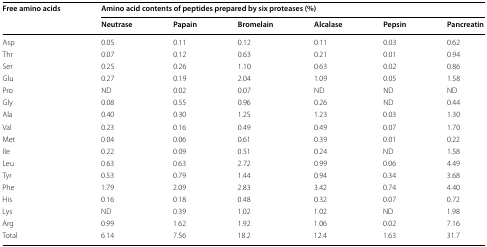
<table><thead><tr><td rowspan="2"><b>Free amino acids</b></td><td colspan="6"><b>Amino acid contents of peptides prepared by six proteases (%)</b></td></tr><tr><td><b>Neutrase</b></td><td><b>Papain</b></td><td><b>Bromelain</b></td><td><b>Alcalase</b></td><td><b>Pepsin</b></td><td><b>Pancreatin</b></td></tr></thead><tbody><tr><td>Asp</td><td>0.05</td><td>0.11</td><td>0.12</td><td>0.11</td><td>0.03</td><td>0.62</td></tr><tr><td>Thr</td><td>0.07</td><td>0.12</td><td>0.63</td><td>0.21</td><td>0.01</td><td>0.94</td></tr><tr><td>Ser</td><td>0.25</td><td>0.26</td><td>1.10</td><td>0.63</td><td>0.02</td><td>0.86</td></tr><tr><td>Glu</td><td>0.27</td><td>0.19</td><td>2.04</td><td>1.09</td><td>0.05</td><td>1.58</td></tr><tr><td>Pro</td><td>ND</td><td>0.02</td><td>0.07</td><td>ND</td><td>ND</td><td>ND</td></tr><tr><td>Gly</td><td>0.08</td><td>0.55</td><td>0.96</td><td>0.26</td><td>ND</td><td>0.44</td></tr><tr><td>Ala</td><td>0.40</td><td>0.30</td><td>1.25</td><td>1.23</td><td>0.03</td><td>1.30</td></tr><tr><td>Val</td><td>0.23</td><td>0.16</td><td>0.49</td><td>0.49</td><td>0.07</td><td>1.70</td></tr><tr><td>Met</td><td>0.04</td><td>0.06</td><td>0.61</td><td>0.39</td><td>0.01</td><td>0.22</td></tr><tr><td>Ile</td><td>0.22</td><td>0.09</td><td>0.51</td><td>0.24</td><td>ND</td><td>1.58</td></tr><tr><td>Leu</td><td>0.63</td><td>0.63</td><td>2.72</td><td>0.99</td><td>0.06</td><td>4.49</td></tr><tr><td>Tyr</td><td>0.53</td><td>0.79</td><td>1.44</td><td>0.94</td><td>0.34</td><td>3.68</td></tr><tr><td>Phe</td><td>1.79</td><td>2.09</td><td>2.83</td><td>3.42</td><td>0.74</td><td>4.40</td></tr><tr><td>His</td><td>0.16</td><td>0.18</td><td>0.48</td><td>0.32</td><td>0.07</td><td>0.72</td></tr><tr><td>Lys</td><td>ND</td><td>0.39</td><td>1.02</td><td>1.02</td><td>ND</td><td>1.98</td></tr><tr><td>Arg</td><td>0.99</td><td>1.62</td><td>1.92</td><td>1.06</td><td>0.02</td><td>7.16</td></tr><tr><td>Total</td><td>6.14</td><td>7.56</td><td>18.2</td><td>12.4</td><td>1.63</td><td>31.7</td></tr></tbody></table>